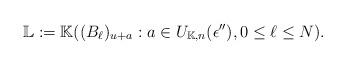
LaTeX: \begin{align*}\mathbb{L} :=\mathbb{K}((B_\ell)_{u+a}: a\in U_{\mathbb{K},n}(\epsilon '' ), 0\leq \ell \leq N).\end{align*}